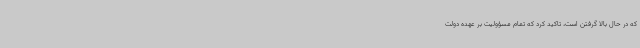
که در حال بالا گرفتن است، تاکید کرد که تمام مسؤولیت بر عهده دولت